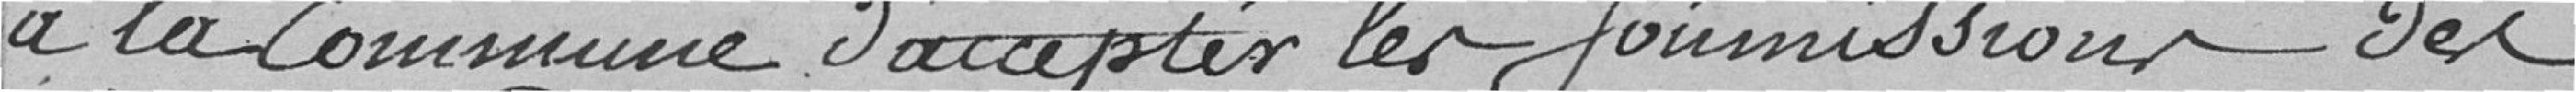
à la commune d'accepter les soumissions des